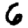
Digit: 6